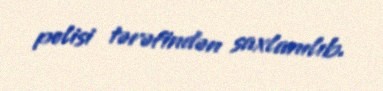
polisi tərəfindən saxlanılıb.